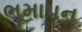
ભૂમાપન